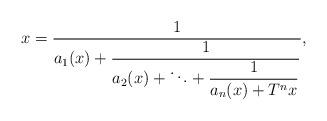
LaTeX: \begin{align*}x = \dfrac{1}{a_1(x) +\dfrac{1}{a_2(x) + \ddots +\dfrac{1}{a_n(x)+ T^nx}}},\end{align*}